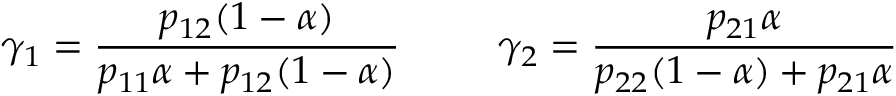
\gamma _ { 1 } = \frac { p _ { 1 2 } ( 1 - \alpha ) } { p _ { 1 1 } \alpha + p _ { 1 2 } ( 1 - \alpha ) } \; \; \; \; \; \; \; \; \; \gamma _ { 2 } = \frac { p _ { 2 1 } \alpha } { p _ { 2 2 } ( 1 - \alpha ) + p _ { 2 1 } \alpha }